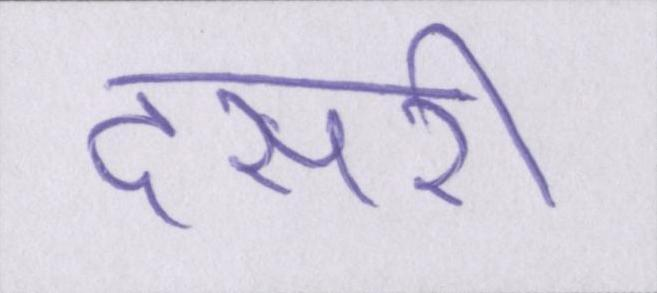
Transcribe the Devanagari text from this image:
दसरी